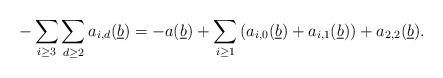
LaTeX: \begin{align*} - \sum_{i \geq 3}\sum_{d \geq 2} a_{i,d}(\underline{b}) = - a(\underline{b}) + \sum_{i \geq 1}\left(a_{i,0}(\underline{b}) + a_{i,1}(\underline{b})\right) + a_{2,2}(\underline{b}).\end{align*}